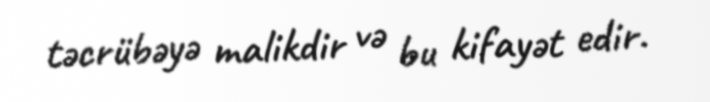
təcrübəyə malikdir və bu kifayət edir.